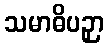
သမာဓိပဉှာ